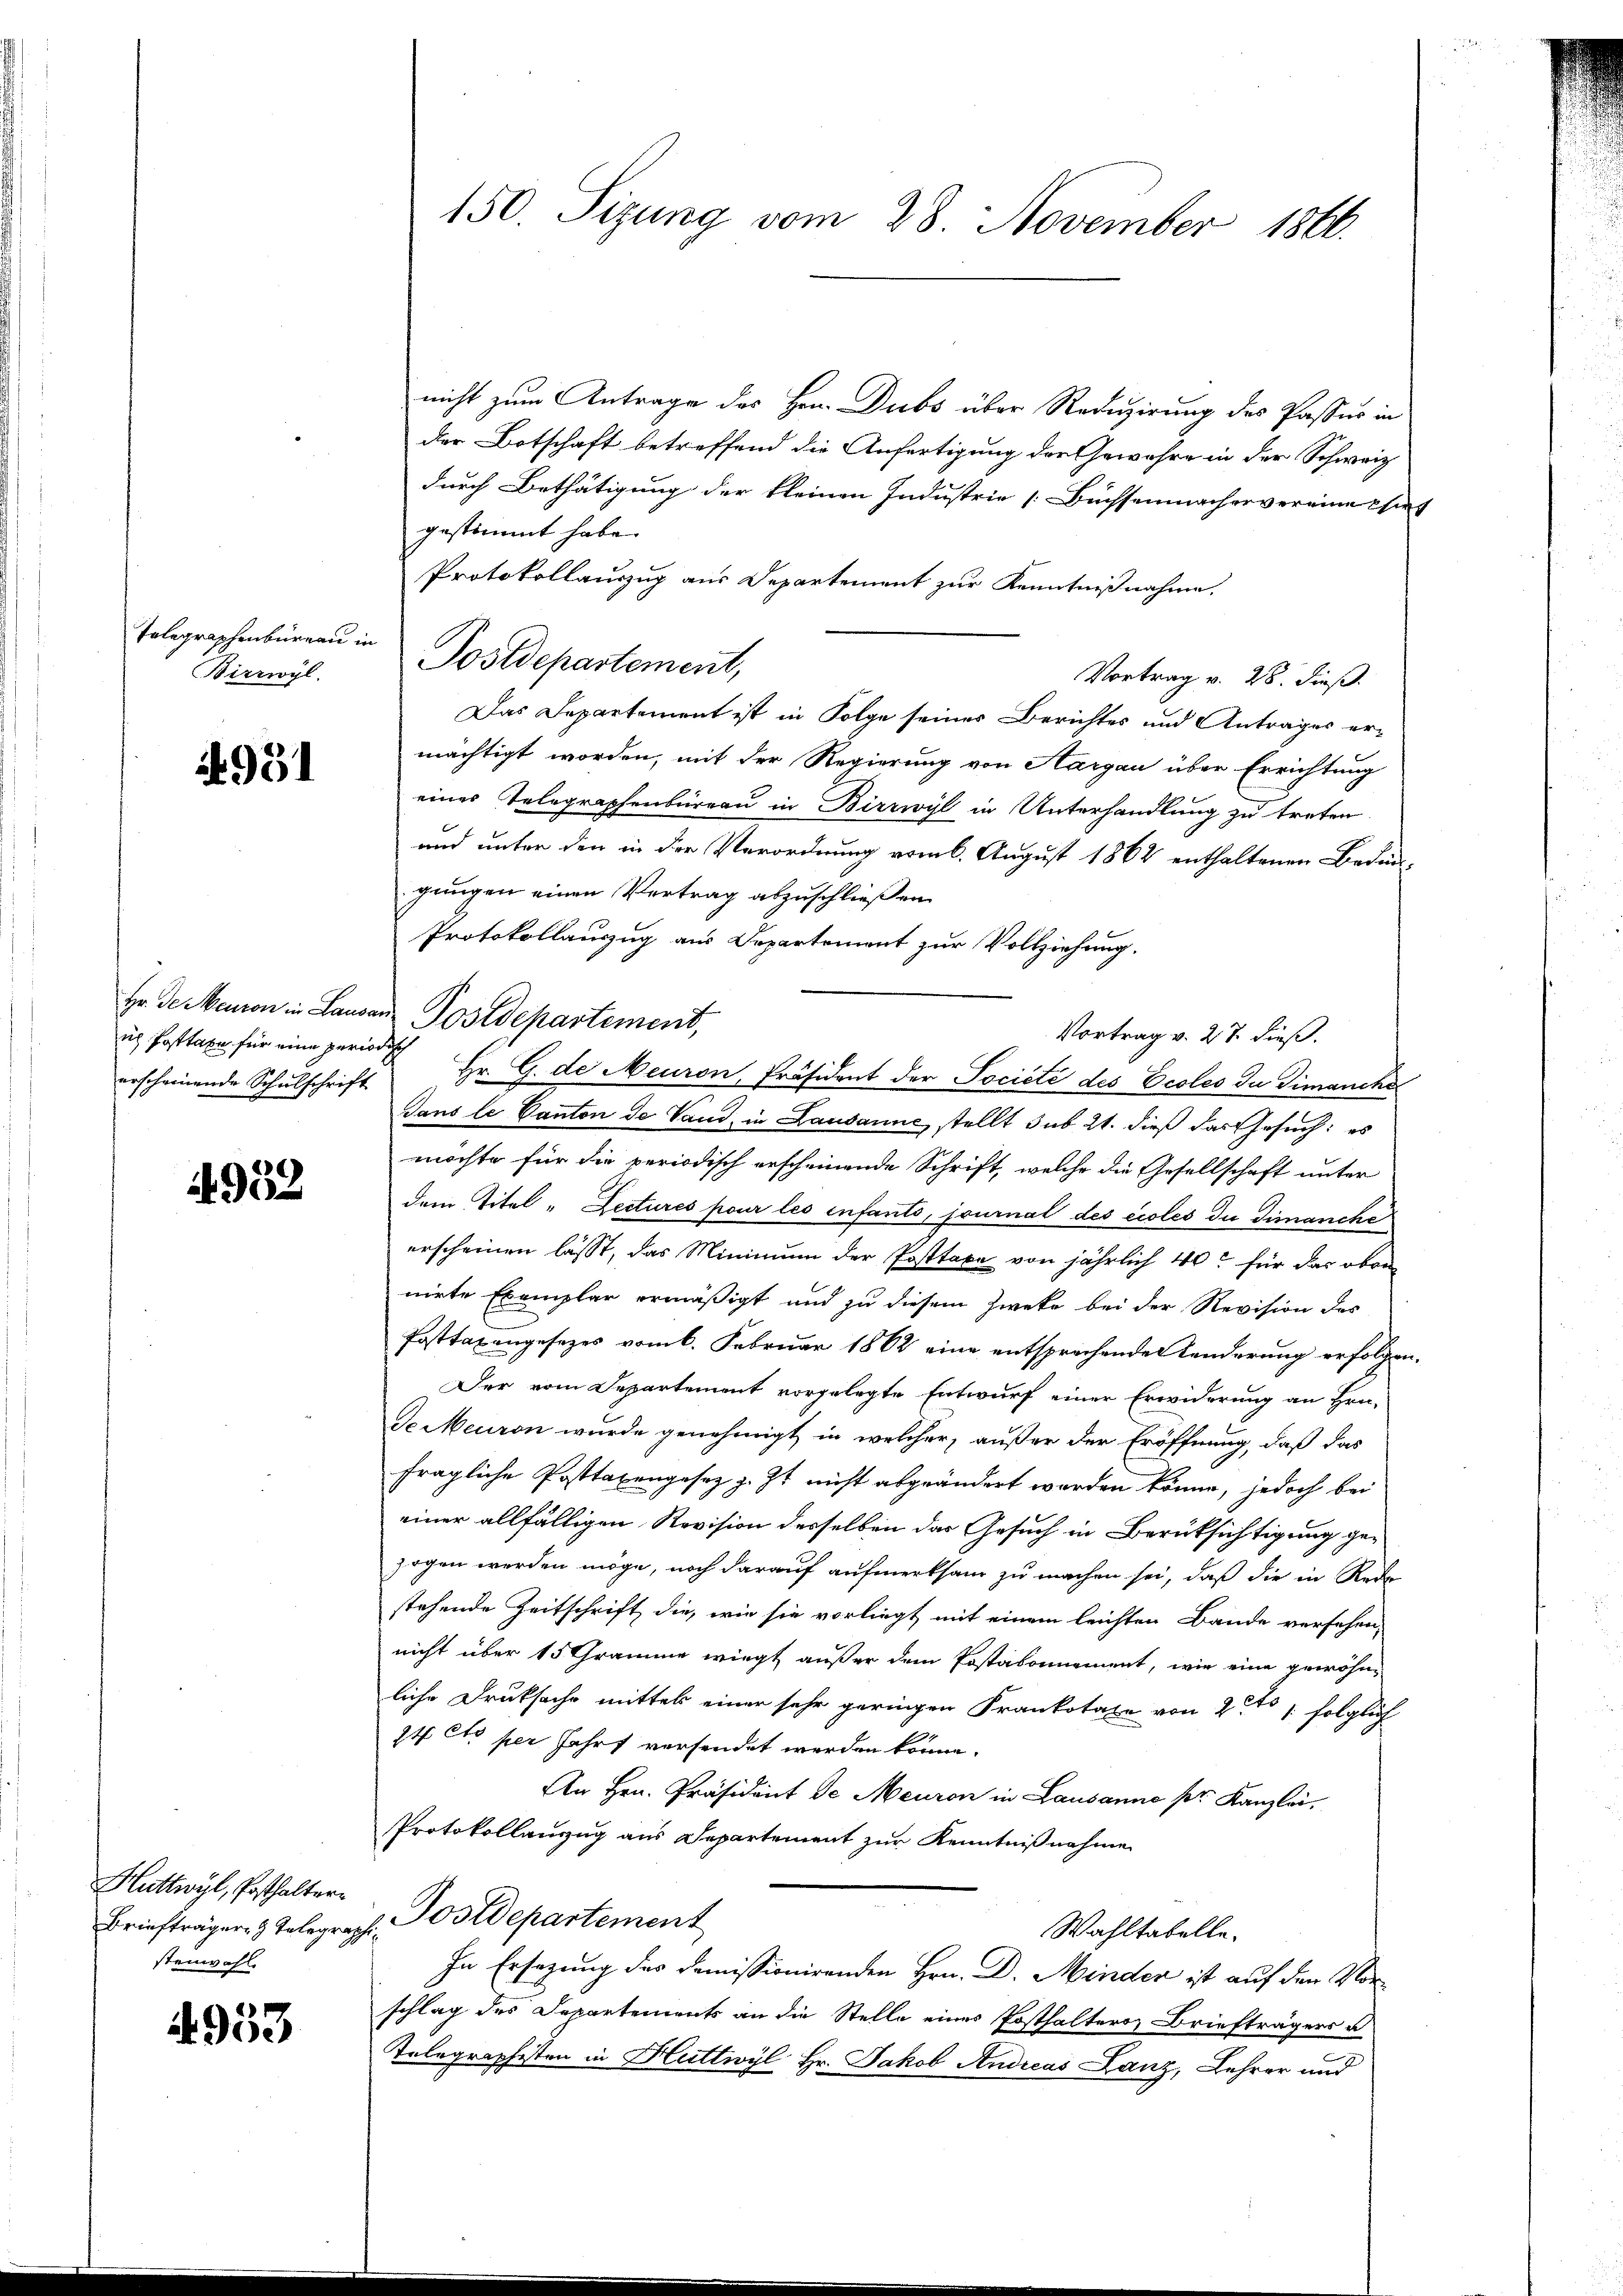
Telegraphenbüreau u
Birrwyl

991

ich Posttaxe für eine peri
erscheinende Schulschrift

4952

Huttwyl, Posthaltern
stenwohl.

4953

nicht zum Antrage des Hrn. Dubs über Reduzirung des Passus in
der Botschaft betreffend die Anfertigung der Gewähre in der Schweiz
durch Bethätigung der kleinen Industrie Büchsenmachenvereine chirt
gestimmt habe.
Protokollauszug aus Departement zur Kenntnißnahme.
Vortrag v. 28. dieß.
Das Departement ist in Folge seines Berichtes und Antrages ermächtigt worden, mit der Regierung von Aargau über Errichtung
eines Telegraphenbüreau in Birrwyl in Unterhandlung zu treten
und unter den in der Verordnung vom 6. August 1862 enthaltenen Bedeu-
gungen einen Vertrag abzuschließen.
Protokollauszug aus Departement zur Vollziehung.
Hr. des Meuron in Lausan Postdepartement,
Vortrag v. 27. dieß.
ich
Hr. G. de Meuron, Präsident der Société des Ecoles du dimanche
Dans le Canton de Vaud, in Lausanne, stellt sub 21. dieß das Gesuch: es
möchte für die periodisch erscheinende Schrift, welche die Gesellschaft unter
dem Titel "Dectures pour les enfants, journal des eioles du Timanche
erscheinen lässt, das Minimum der Posttaxe von jährlich 40 für das oben
nirte Exemplar ermäßigt und zu diesem Zweke bei der Revision des
Posttaxengesezes vom 6. Februar 1862 eine entsprechenden Känderung erfolgen.
Der vom Departement vorgelegte Entwurf einer Erwiderung an Hrn.
de Meuron wurde genehmigt, in welcher, außer der Eröffnung, daß das
fragliche Posttaxengesez z. Zt. nicht abgeändert worden könne, jedoch bei
einer allfälligen Revision desselben das Gesuch in Berüksichtigung gezogen werden möge, noch darauf aufmerksam zu machen sei, daß die in Rede
stehende Zeitschrift die, wie sie vorliegt mit einem leichten Bande versehen,
nicht über 15 Gramme wiegt außer dem Postabonnement, wie eine gewöhnliche Druksache mittels einer sehr geringen Frankotale von 24 s. folglich
I4 Cto per Jahrt versendet werden könne.
An Hrn. Präsident de Meuron in Lausanne pr. Kanzlei,
Protokollanzug aus Separtement zur Kenntnißnahme
Briefträger- & Telegraph Postdepartement
Wahltabelle.
In Ersezung des domissionirenden Hrn. Dr. Minden ist auf den Vorschlag des Departements an die Stelle eines Posthalter Briefträgers u
Telegraphisten in Huttwyl, Hr. Jakob Andreas Lanz, Lehrer und

" Postdepartement,

150. Sizung vom 28. November 1866.